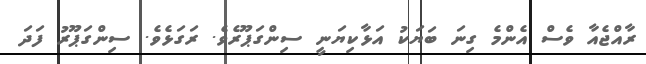
ރާއްޖެއާ ވެސް އެންމެ ގިނަ ބަޔަކު އަޅާކިޔަނީ ސިންގަޕޫރެވެ. ރަގަޅެވެ. ސިންގަޕޫރު ފަދަ